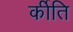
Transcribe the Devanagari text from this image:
र्कीति